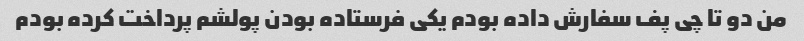
من دو تا چی پف سفارش داده بودم یکی فرستاده بودن پولشم پرداخت کرده بودم